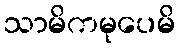
သာမိကမုပေမိ